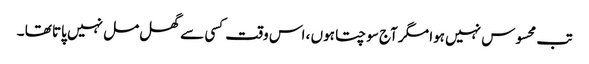
تب محسوس نہیں ہوا مگر آج سوچتا ہوں ، اس وقت کسی سے گھل مل نہیں پاتا تھا ۔